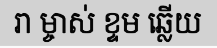
រា ម្ចាស់ ខ្ទម ឆ្លើយ